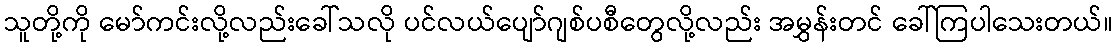
သူတို့ကို မော်ကင်းလို့လည်းခေါ်သလို ပင်လယ်ပျော်ဂျစ်ပစီတွေလို့လည်း အမွှန်းတင် ခေါ်ကြပါသေးတယ်။